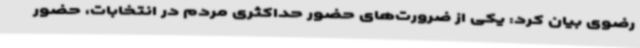
رضوی بیان کرد: یکی از ضرورت‌های حضور حداکثری مردم در انتخابات، حضور